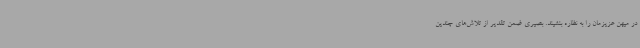
در میهن عزیزمان را به نظاره بنشیند. بصیری ضمن تقدیر از تلاش‌های چندین